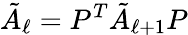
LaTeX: \tilde{A}_{\ell}=P^{T}\tilde{A}_{\ell+1}P